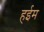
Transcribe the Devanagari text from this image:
हईम